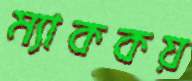
ম্যাককয়